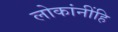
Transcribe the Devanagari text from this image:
लोकांनींहि